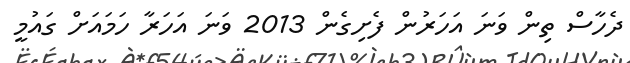
ދެހާސް ތިން ވަނަ އަހަރުން ފެށިގެން 2013 ވަނަ އަހަރާ ހަމައަށް ގައުމީ